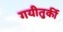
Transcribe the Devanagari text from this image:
गयीतुर्की